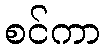
စင်ကာ